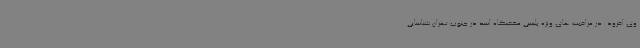
وی افزود: در مراقبت های ویژه پلیسی مخفیگاه اسد در جنوب تهران شناسایی